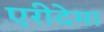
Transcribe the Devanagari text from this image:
एरीदेमा